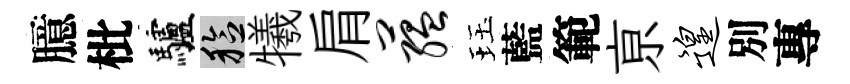
臆枇驢稔犧肩蕴珏藍範亰遑別專